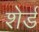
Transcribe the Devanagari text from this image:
शेर्ड